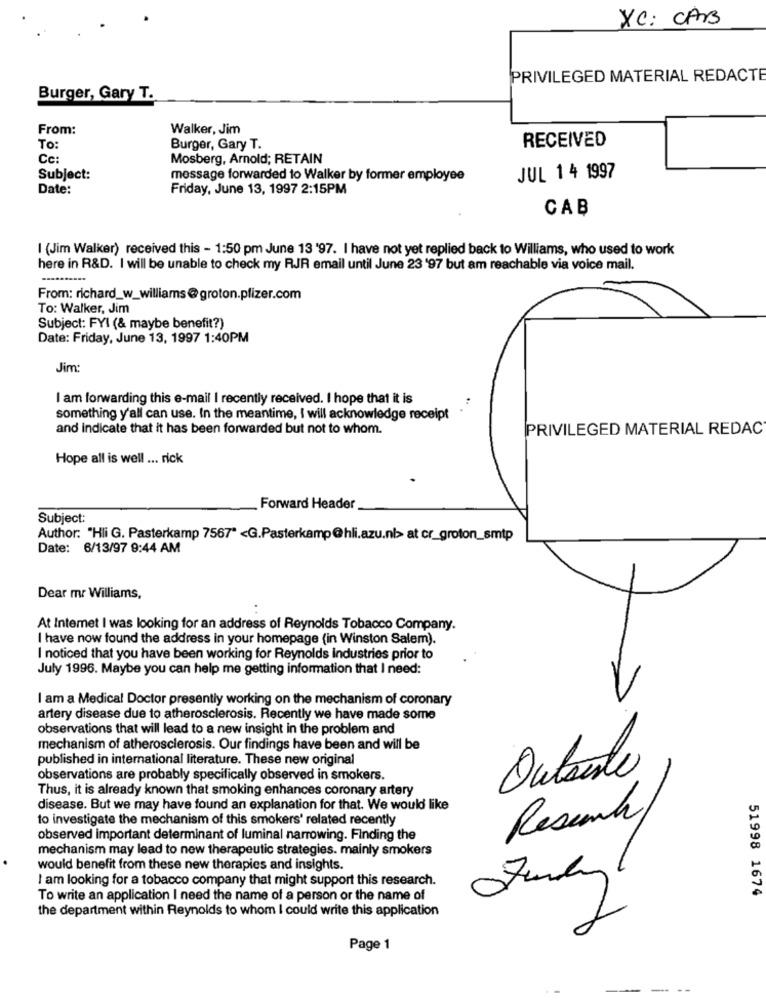
XC: CAB
PRIVILEGED MATERIAL REDACTE
Burger, Gary T.
From:
Walker, Jim
RECEIVED
To:
Burger, Gary T.
Cc
Mosberg, Arnold; RETAIN
Subject:
message forwarded to Walker by former employee
JUL 1 4 1997
Date:
Friday, June 13, 1997 2:15PM
CAB
I (Jim Walker) received this - 1:50 pm June 13 '97. I have not yet replied back to Williams, who used to work
here in R&D. I will be unable to check my RJR email until June 23 '97 but am reachable via voice mail.
From: richard_w_williams@groton.pfizer.com
To: Walker, Jim
Subject: FYI (& maybe benefit?)
Date: Friday, June 13, 1997 1:40PM
Jim:
I am forwarding this e-mail I recently received. I hope that it is
something y'all can use. In the meantime, I will acknowledge receipt
and indicate that it has been forwarded but not to whom.
PRIVILEGED MATERIAL REDAC
Hope all is well ... rick
Forward Header
Subject:
Author: "Hli G. Pasterkamp 7567" <G.Pasterkamp@hli.azu.nb at cr_groton_smtp
Date: 6/13/97 9:44 AM
Dear mr Williams,
At Internet I was looking for an address of Reynolds Tobacco Company.
I have now found the address in your homepage (in Winston Salem).
I noticed that you have been working for Reynolds industries prior to
July 1996. Maybe you can help me getting information that I need:
I am a Medical Doctor presently working on the mechanism of coronary
>
artery disease due to atherosclerosis. Recently we have made some
observations that will lead to a new insight in the problem and
mechanism of atherosclerosis. Our findings have been and will be
published in international literature. These new original
observations are probably specifically observed in smokers.
Thus, it is already known that smoking enhances coronary artery
disease. But we may have found an explanation for that. We would like
to investigate the mechanism of this smokers' related recently
Resund
observed important determinant of luminal narrowing. Finding the
mechanism may lead to new therapeutic strategies. mainly smokers
would benefit from these new therapies and insights.
I am looking for a tobacco company that might support this research.
51998 1674
To write an application I need the name of a person or the name of
the department within Reynolds to whom I could write this application
Page 1